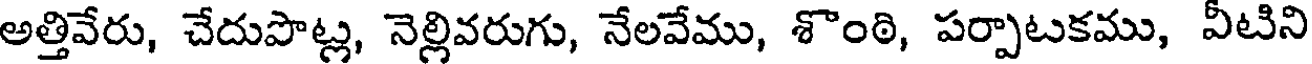
అత్తివేరు, చేదుపొట్ల, నెల్లివరుగు, నేలవేము, శొంఠి, పర్పాటకము, వీటిని